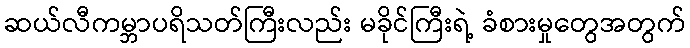
ဆယ်လီကမ္ဘာပရိသတ်ကြီးလည်း မခိုင်ကြီးရဲ့ ခံစားမှုတွေအတွက်